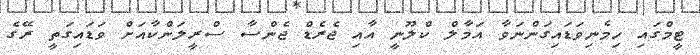
ޓީމްގައި ހިމެނިވަޑައިގަންނަވާ އަމާލް ކްލޫނީ އާއި ޖެރެޑް ޖެންސާ ސްރީލަންކާއަށް ވަޑައިގަތީ ރޭގެ